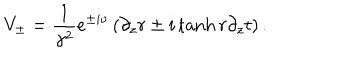
V _ { \pm } = \frac { 1 } { \gamma ^ { 2 } } e ^ { \pm i \nu } \left( \partial _ { z } r \pm i \tanh r \partial _ { z } t \right) .